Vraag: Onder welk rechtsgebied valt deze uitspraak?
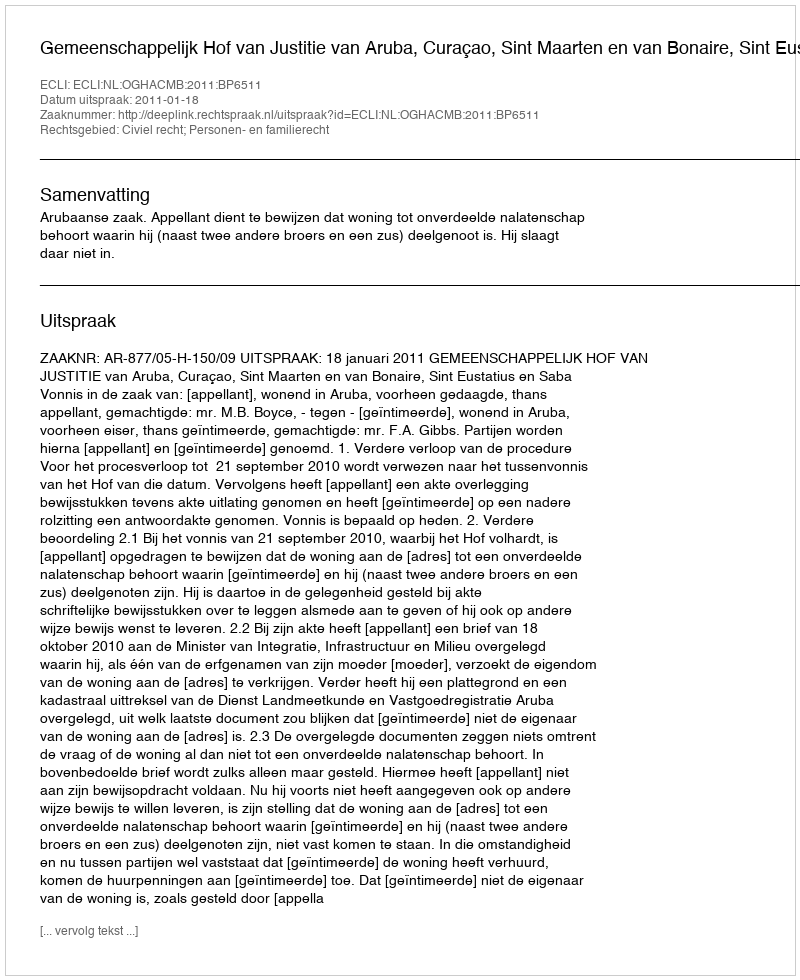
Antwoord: Civiel recht; Personen- en familierecht